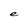
Character: e